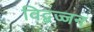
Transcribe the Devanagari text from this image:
विद्बज्जन